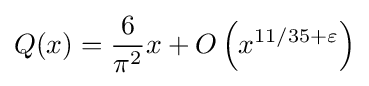
Q(x)={\frac {6}{\pi ^{2}}}x+O\left(x^{11/35+\varepsilon }\right)